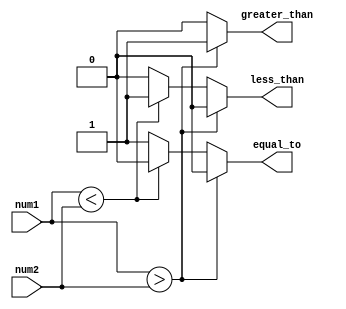
module signed_comparator(
    input signed [31:0] num1,
    input signed [31:0] num2,
    output reg greater_than,
    output reg less_than,
    output reg equal_to
);

always @(*) begin
    if(num1 > num2) begin
        greater_than = 1;
        less_than = 0;
        equal_to = 0;
    end else if(num1 < num2) begin
        greater_than = 0;
        less_than = 1;
        equal_to = 0;
    end else begin
        greater_than = 0;
        less_than = 0;
        equal_to = 1;
    end
end

endmodule